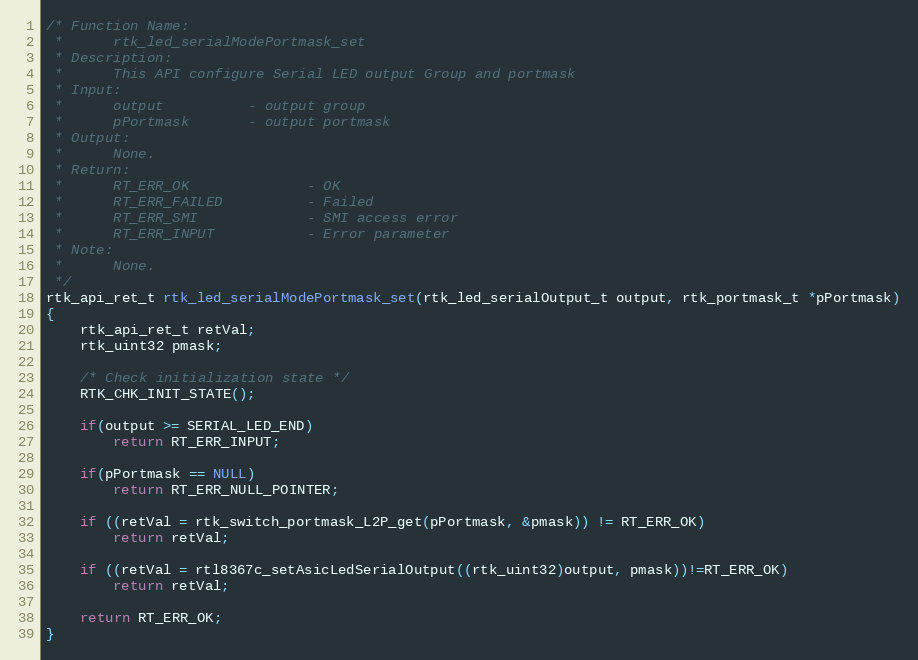
Language: C
/* Function Name:
 *      rtk_led_serialModePortmask_set
 * Description:
 *      This API configure Serial LED output Group and portmask
 * Input:
 *      output          - output group
 *      pPortmask       - output portmask
 * Output:
 *      None.
 * Return:
 *      RT_ERR_OK              - OK
 *      RT_ERR_FAILED          - Failed
 *      RT_ERR_SMI             - SMI access error
 *      RT_ERR_INPUT           - Error parameter
 * Note:
 *      None.
 */
rtk_api_ret_t rtk_led_serialModePortmask_set(rtk_led_serialOutput_t output, rtk_portmask_t *pPortmask)
{
    rtk_api_ret_t retVal;
    rtk_uint32 pmask;

    /* Check initialization state */
    RTK_CHK_INIT_STATE();

    if(output >= SERIAL_LED_END)
        return RT_ERR_INPUT;

    if(pPortmask == NULL)
        return RT_ERR_NULL_POINTER;

    if ((retVal = rtk_switch_portmask_L2P_get(pPortmask, &pmask)) != RT_ERR_OK)
        return retVal;

    if ((retVal = rtl8367c_setAsicLedSerialOutput((rtk_uint32)output, pmask))!=RT_ERR_OK)
        return retVal;

    return RT_ERR_OK;
}